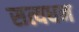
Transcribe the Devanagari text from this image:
सत्यधन